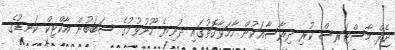
ޖެފް މާސްޓަރސް ކުރި ދިރާސާއަކުން ހާމަވާގޮތުގައި ދުނިޔެ ހޫނުވުމުގެ ސަބަބުން އާކްޓިކް ކަނޑުގެ